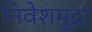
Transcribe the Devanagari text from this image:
निवेशमुद्रा